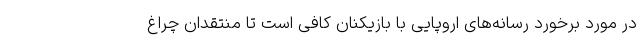
در مورد برخورد رسانه‌های اروپایی با بازیکنان کافی است تا منتقدان چراغ